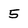
Character: 5